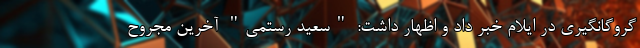
گروگانگیری در ایلام خبر داد و اظهار داشت: "سعید رستمی" آخرین مجروح